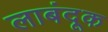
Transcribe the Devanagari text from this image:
लाबंदूक